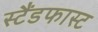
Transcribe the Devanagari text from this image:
स्टैंडफास्ट